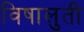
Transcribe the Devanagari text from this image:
विषालुती